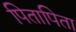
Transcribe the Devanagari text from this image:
पितापिता